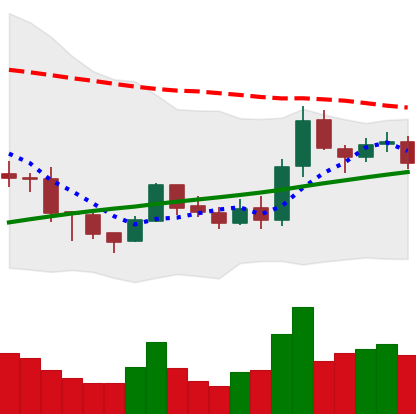
Ticker: BNB-USD
Chart end date: 2019-08-13
Forward return: -5.205%
Label: down_5_7